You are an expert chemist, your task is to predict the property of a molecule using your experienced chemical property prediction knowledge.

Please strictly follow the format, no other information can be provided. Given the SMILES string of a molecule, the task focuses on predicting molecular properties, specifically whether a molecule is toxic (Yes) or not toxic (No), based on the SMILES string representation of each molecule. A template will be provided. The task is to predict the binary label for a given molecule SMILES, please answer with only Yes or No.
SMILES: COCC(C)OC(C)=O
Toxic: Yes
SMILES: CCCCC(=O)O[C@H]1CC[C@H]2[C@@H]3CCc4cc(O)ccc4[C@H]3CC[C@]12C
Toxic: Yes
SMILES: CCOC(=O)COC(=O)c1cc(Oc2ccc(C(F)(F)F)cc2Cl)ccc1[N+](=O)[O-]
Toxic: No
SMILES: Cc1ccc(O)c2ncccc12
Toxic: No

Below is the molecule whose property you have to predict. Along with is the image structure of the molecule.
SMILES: Cc1ccc2c(c1)c1c3n2CCNC3CCC1
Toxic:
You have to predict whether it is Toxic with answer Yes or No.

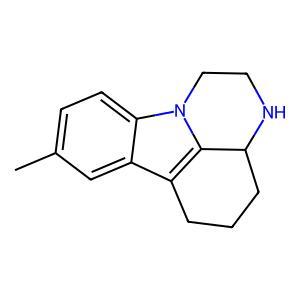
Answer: No